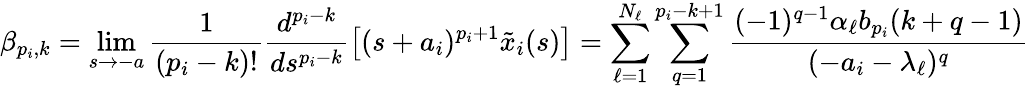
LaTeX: \beta_{p_{i},k}=\operatorname*{lim}_{s\rightarrow-a}\frac{1}{(p_{i}-k)!}\frac{d^{p_{i}-k}}{ds^{p_{i}-k}}\left[(s+a_{i})^{p_{i}+1}\tilde{x}_{i}(s)\right]=\sum_{\ell=1}^{N_{\ell}}\sum_{q=1}^{p_{i}-k+1}\frac{(-1)^{q-1}\alpha_{\ell}b_{p_{i}}(k+q-1)}{(-a_{i}-\lambda_{\ell})^{q}}